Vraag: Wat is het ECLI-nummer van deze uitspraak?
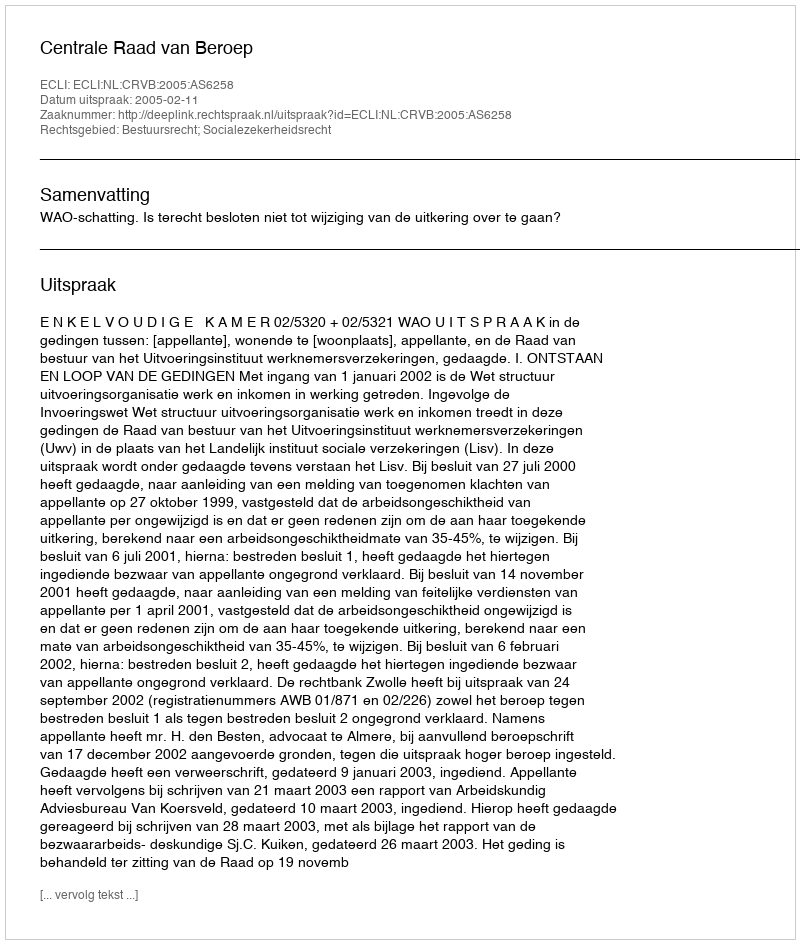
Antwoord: ECLI:NL:CRVB:2005:AS6258